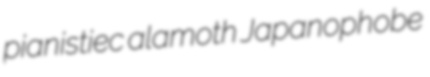
pianistiec alamoth Japanophobe